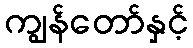
ကျွန်တော်နှင့်